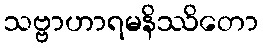
သဗ္ဗာဟာရမနိဿိတော